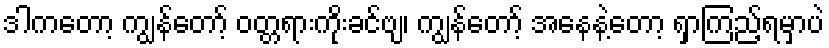
ဒါကတော့ ကျွန်တော့် ဝတ္တရားကိုးခင်ဗျ၊ ကျွန်တော့် အနေနဲ့တော့ ရှာကြည့်ရမှာပဲ